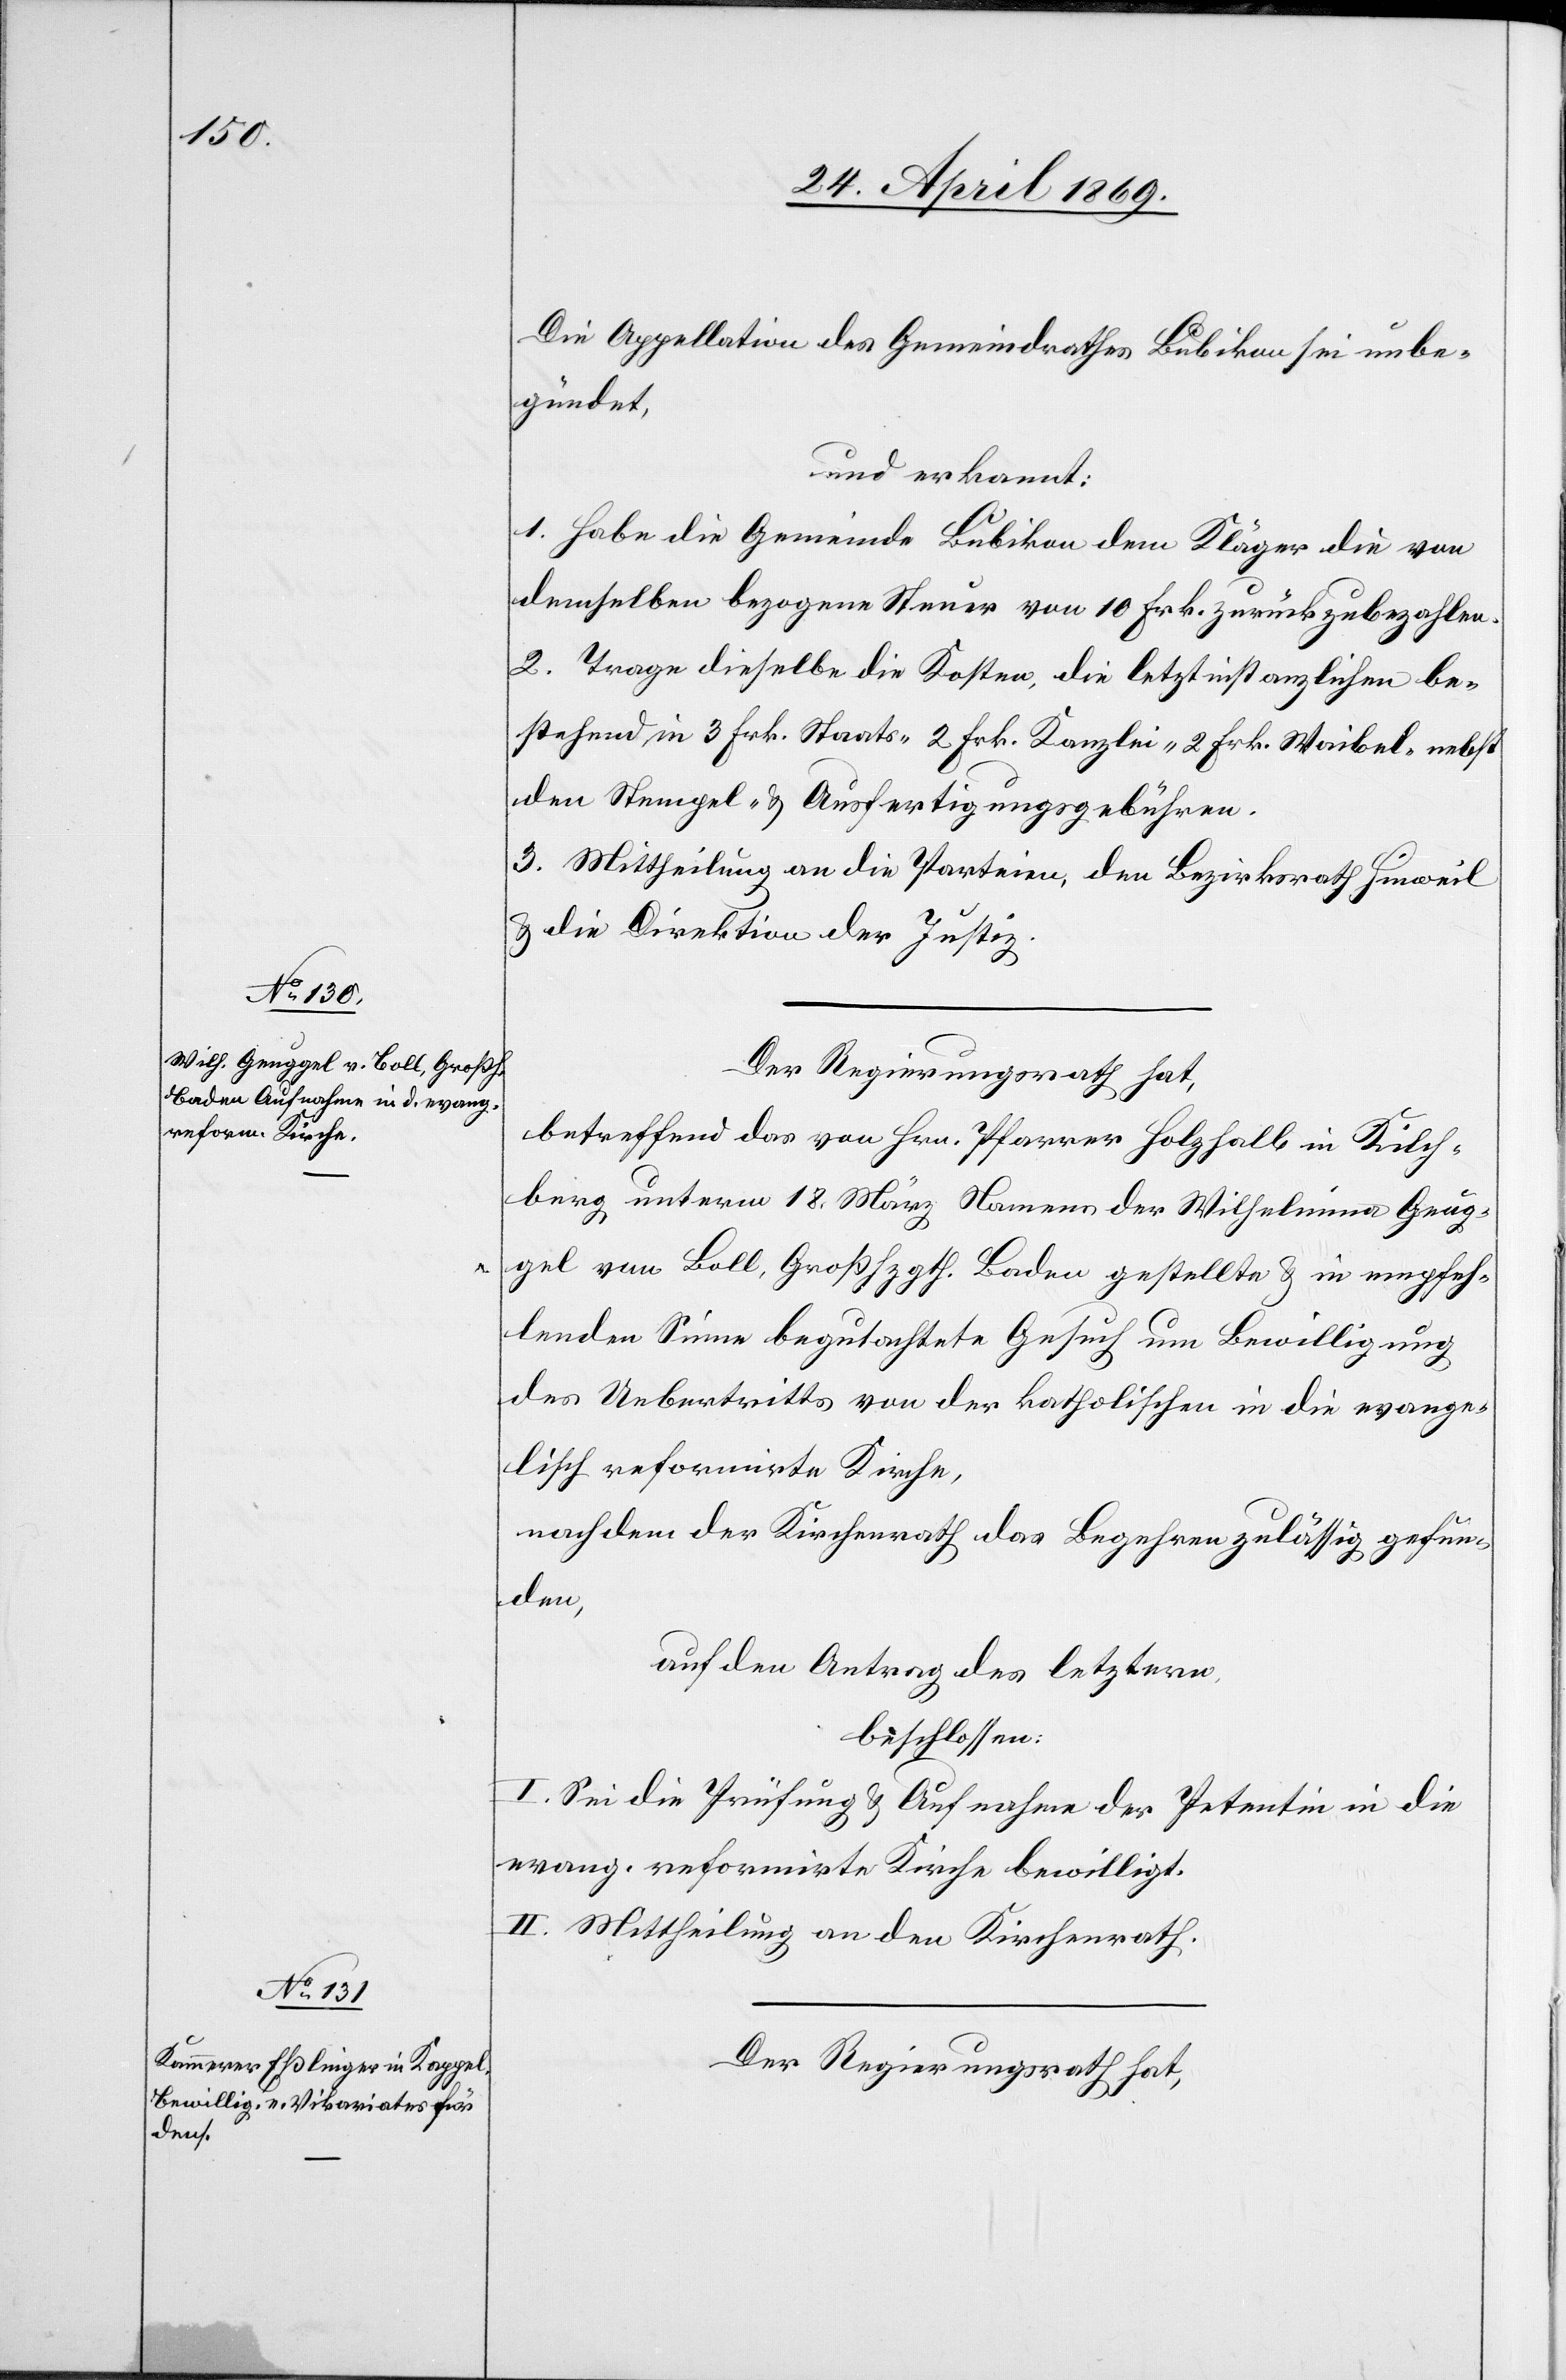
Die Appellation des Gemeindrathes Bubikon sei unbe¬
gründet,
und erkannt:
1. Habe die Gemeinde Bubikon dem Kläger die von
demselben bezogene Steuer von 10 Frk. zurückzubezahlen.
2. Trage dieselbe die Kosten, die letztinstanzlichen be¬
stehend in 3 Frk. Staats- 2 Frk. Kanzlei- 2 Frk. Waibel- nebst
den Stempel- u. Ausfertigungsgebühren.
3. Mittheilung an die Parteien, den Bezirksrath Hinweil
u. die Direktion der Justiz.
Der Regierungsrath hat,
betreffend das von Hrn. Pfarrer Holzfall in Kilch¬
berg unterm 18. März Namens der Wilhelmina Geug¬
gel von Boll, Großhzgth. Baden gestellte u. in empfeh¬
lenden Sinne begutachtete Gesuch um Bewilligung
des Uebertrittes von der katholischen in die evange¬
lisch reformirte Kirche,
nachdem der Kirchenrath das Begehren zulässig gefun¬
den,
auf den Antrag des letztern,
beschlossen:
I.Sei die Prüfung u. Aufnahme der Petentin in die
evang. refomirte Kirche bewilligt.
II. Mittheilung an den Kirchenrath.
Der Regierungsrath hat,